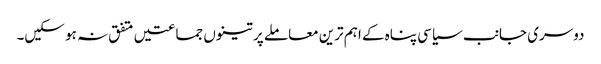
دوسری جانب سیاسی پناہ کے اہم ترین معاملے پر تینوں جماعتیں متفق نہ ہو سکیں۔